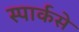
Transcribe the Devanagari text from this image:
स्पार्कसे